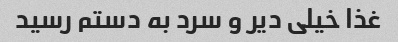
غذا خیلی دیر و سرد به دستم رسید